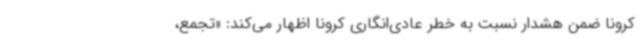
کرونا ضمن هشدار نسبت به خطر عادی‌انگاری کرونا اظهار می‌کند: «تجمع،